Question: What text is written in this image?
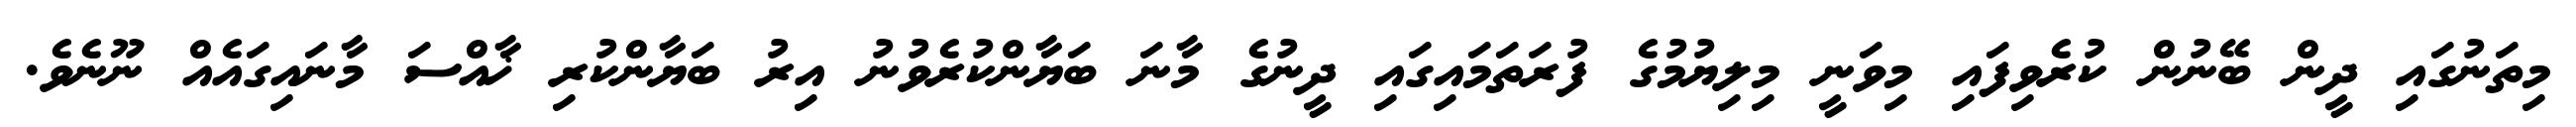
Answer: މިތަނުގައި ދީން ބޭނުން ކުރެވިފައި މިވަނީ މިލިޔުމުގެ ފުރަތަމައިގައި ދީނުގެ މާނަ ބަޔާންކުރެވުނު އިރު ބަޔާންކުރި ޚާއްސަ މާނައިގައެއް ނޫނެވެ.